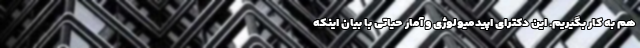
هم به کار بگیریم. این دکترای اپیدمیولوژی و آمار حیاتی با بیان اینکه